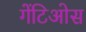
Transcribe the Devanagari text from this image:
गेंटिओस